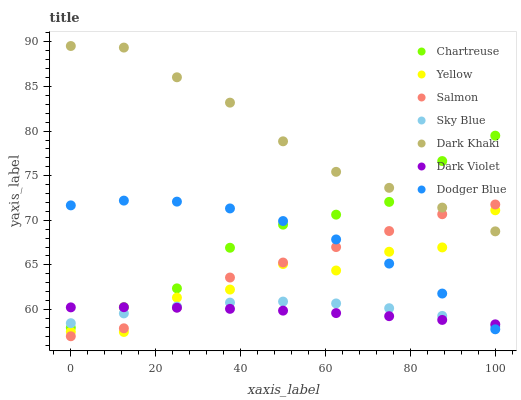
| xaxis_label | Chartreuse | Yellow | Salmon | Sky Blue | Dark Khaki | Dark Violet | Dodger Blue |
 | --- | --- | --- | --- | --- | --- | --- | --- |
 | 0 | 58 | 57.5 | 57 | 58.5 | 89.5 | 60.2 | 71.7 |
 | 12.5 | 60.3 | 57.5 | 57.9 | 59.6 | 89.4 | 60.3 | 72.2 |
 | 25 | 62.4 | 61.3 | 60.2 | 60.3 | 86 | 60.2 | 72.1 |
 | 37.5 | 66.9 | 62.2 | 63.6 | 60.8 | 83.2 | 60.1 | 71.3 |
 | 50 | 69.5 | 65.1 | 65.3 | 60.9 | 78.9 | 59.9 | 69.9 |
 | 62.5 | 70.6 | 64.4 | 67 | 60.7 | 75.4 | 59.6 | 67.9 |
 | 75 | 72.1 | 66.5 | 68.8 | 60.1 | 73.6 | 59.3 | 65.1 |
 | 87.5 | 76.6 | 67 | 70.7 | 59.3 | 71.4 | 58.8 | 61.8 |
 | 100 | 79.5 | 71.1 | 71.8 | 58.1 | 68.8 | 58.3 | 57.8 |